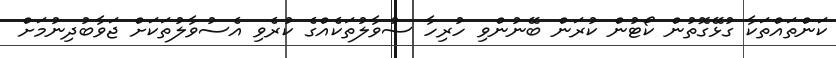
ކަންތައްތަކާ ގުޅޭގޮތުން ކޯޓުން ކުރަން ބޭނުންވި ހުރިހާ ސުވާލުތަކެއްގެ ކުރެވި އެސުވާލުތަކަށް ޖަވާބުދިނުމަށް